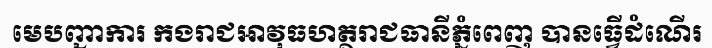
មេបញ្ជាការ កងរាជអាវុធហត្ថរាជធានីភ្នំពេញ បានធ្វើដំណើរ